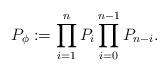
LaTeX: \begin{align*}P_{\phi} := \prod_{i=1}^{n} P_i \prod_{i=0}^{n-1} P_{n-i}.\end{align*}